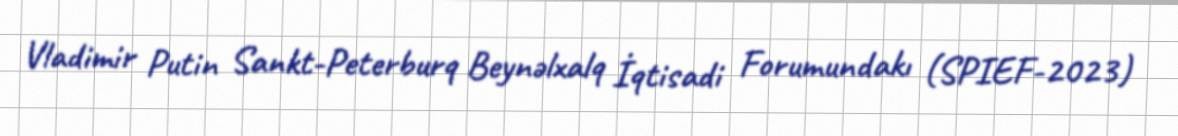
Vladimir Putin Sankt-Peterburq Beynəlxalq İqtisadi Forumundakı (SPIEF-2023)